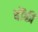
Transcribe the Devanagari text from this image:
चौंकी